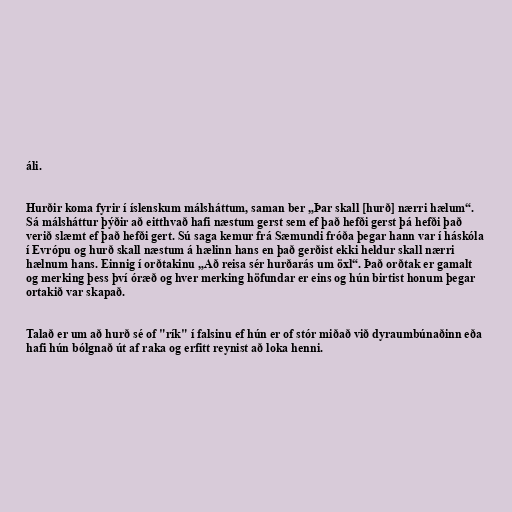
áli.

Hurðir koma fyrir í íslenskum málsháttum, saman ber „Þar skall [hurð] nærri hælum“.
Sá málsháttur þýðir að eitthvað hafi næstum gerst sem ef það hefði gerst þá hefði það
verið slæmt ef það hefði gert. Sú saga kemur frá Sæmundi fróða þegar hann var í háskóla
í Evrópu og hurð skall næstum á hælinn hans en það gerðist ekki heldur skall nærri
hælnum hans. Einnig í orðtakinu „Að reisa sér hurðarás um öxl“. Það orðtak er gamalt
og merking þess því óræð og hver merking höfundar er eins og hún birtist honum þegar
ortakið var skapað.

Talað er um að hurð sé of "rík" í falsinu ef hún er of stór miðað við dyraumbúnaðinn eða
hafi hún bólgnað út af raka og erfitt reynist að loka henni.